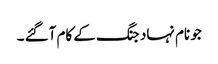
جو نام نہاد جنگ کے کام آگئے ۔